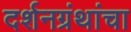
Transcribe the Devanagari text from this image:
दर्शनग्रंथांचा